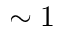
\sim 1